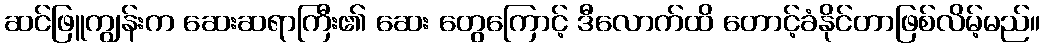
ဆင်ဖြူကျွန်းက ဆေးဆရာကြီး၏ ဆေး တွေကြောင့် ဒီလောက်ထိ တောင့်ခံနိုင်တာဖြစ်လိမ့်မည်။